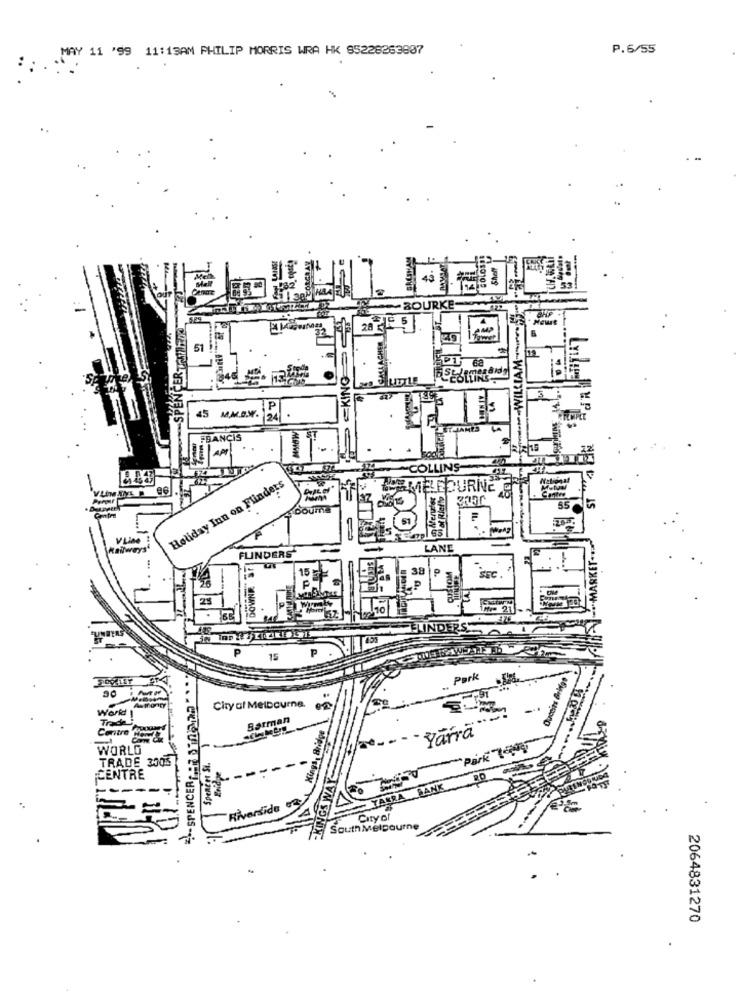
MAY 11 '99 11:13AM PHILIP MORRIS WRA HK 85228263807
P.6/55
Shelf
BOURKE
CHP
= 5
28
51
.- WILLIAM
KING
3
45 M.M.B.W.
JAMES
FRANCIS
AP
COLLINS
Holiday Inn on Flinders
EMELTOURNE O
55
F
VLine !
Railways“
FLINDERS
LANE
E
DOWNE S
15
38
SEC
25
190/
.
INDERS
15
Ouceits Brigs
Park
-SPENCER- : 2 512.5"
30
Cityof Melbourne.
World !
Trade
Batman
Yarra
WORLD
TRADE 300%
CENTRE
----
YARRA BANK
Riverside
NGS
Cityof
South Melbourne
2064831270